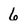
Character: 6